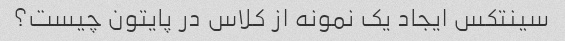
سینتکس ایجاد یک نمونه از کلاس در پایتون چیست؟